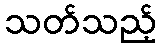
သတ်သည့်